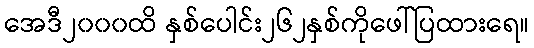
အေဒီ၂၀၀၀ထိ နှစ်ပေါင်း၂၆၂နှစ်ကိုဖေါ်ပြထားရေ။